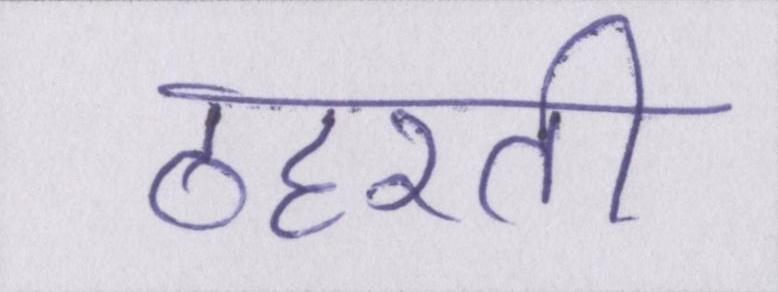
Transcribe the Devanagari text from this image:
ठहरती